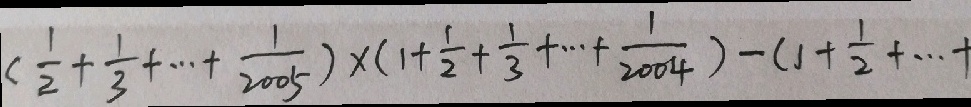
( \frac { 1 } { 2 } + \frac { 1 } { 3 } + \cdots + \frac { 1 } { 2 0 0 5 } ) \times ( 1 + \frac { 1 } { 2 } + \frac { 1 } { 3 } + \cdots + \frac { 1 } { 2 0 0 4 } ) - ( 1 + \frac { 1 } { 2 } + \cdots +